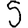
Digit: 5